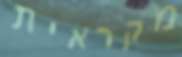
מקראית